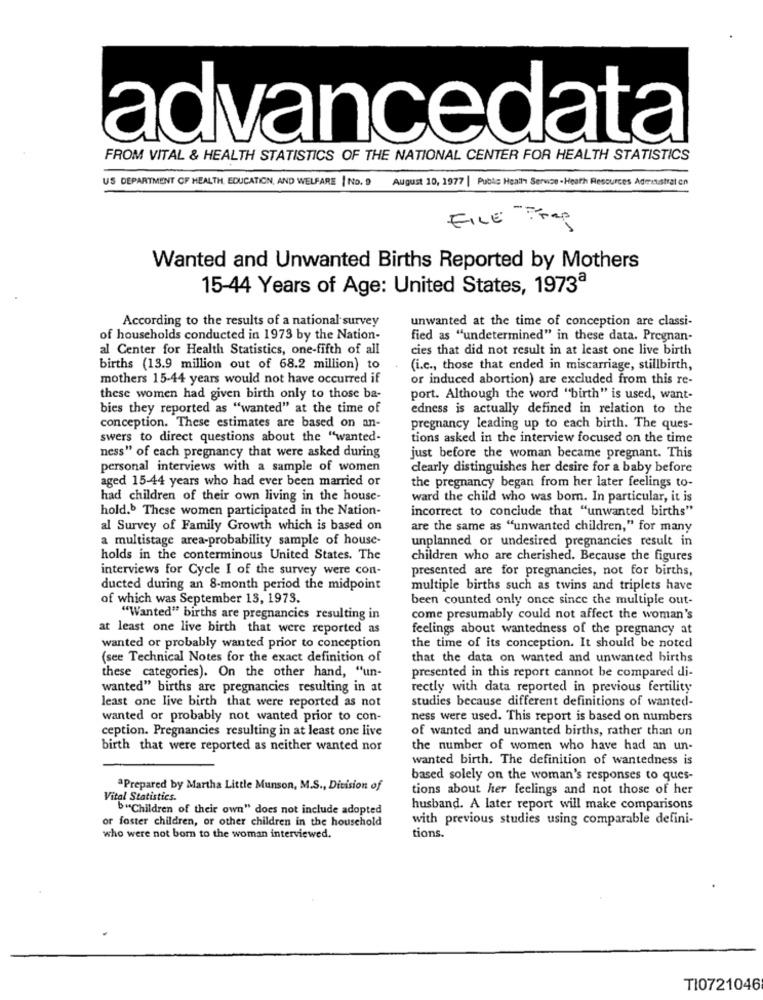
advancedata
FROM VITAL & HEALTH STATISTICS OF THE NATIONAL CENTER FOR HEALTH STATISTICS
US DEPARTMENT OF HEALTH EDUCATION, AND WELFARE | No. 9 August 10, 1977 | Public Health Service - Heath Resources Administration
FILE Frag
Wanted and Unwanted Births Reported by Mothers
15-44 Years of Age: United States, 1973ª
According to the results of a national survey
unwanted at the time of conception are classi-
of households conducted in 1973 by the Nation-
fied as "undetermined" in these data. Pregnan-
al Center for Health Statistics, one-fifth of all
cies that did not result in at least one live birth
births (13.9 million out of 68.2 million) to
(i.c ., those that ended in miscarriage, stillbirth,
mothers 15-44 years would not have occurred if
or induced abortion) are excluded from this re-
these women had given birth only to those ba-
port. Although the word "birth" is used, want-
bies they reported as "wanted" at the time of
edness is actually defined in relation to the
conception. These estimates are based on an-
pregnancy leading up to each birth. The ques-
swers to direct questions about the "wanted-
tions asked in the interview focused on the time
ness" of each pregnancy that were asked during
just before the woman became pregnant. This
personal interviews with a sample of women
clearly distinguishes her desire for a baby before
aged 15-44 years who had ever been married or
the pregnancy began from her later feelings to-
had children of their own living in the house-
ward the child who was born. In particular, it is
hold. These women participated in the Nation-
incorrect to conclude that "unwanted births"
al Survey of Family Growth which is based on
are the same as "unwanted children," for many
a multistage area-probability sample of house-
unplanned or undesired pregnancies result in
holds in the conterminous United States. The
children who are cherished. Because the figures
interviews for Cycle I of the survey were con-
presented are for pregnancies, not for births,
ducted during an 8-month period the midpoint
multiple births such as twins and triplets have
of which was September 13, 1973.
been counted only once since the multiple out-
"Wanted" births are pregnancies resulting in
come presumably could not affect the woman's
at least one live birth that were reported as
feelings about wantedness of the pregnancy at
wanted or probably wanted prior to conception
the time of its conception. It should be noted
(see Technical Notes for the exact definition of
that the data on wanted and unwanted births
these categories). On the other hand, "un-
presented in this report cannot be compared di-
wanted" births are pregnancies resulting in at
rectly with data reported in previous fertility
studies because different definitions of wanted-
least one live birth that were reported as not
wanted or probably not wanted prior to con-
ness were used. This report is based on numbers
ception. Pregnancies resulting in at least one live
of wanted and unwanted births, rather than on
birth that were reported as neither wanted nor
the number of women who have had an un-
wanted birth. The definition of wantedness is
based solely on the woman's responses to ques-
ªPrepared by Martha Little Munson, M.S ., Division of
tions about her feelings and not those of her
Vital Statistics.
b"Children of their own" does not include adopted
husband. A later report will make comparisons
or foster children, or other children in the household
with previous studies using comparable defini-
who were not born to the woman interviewed.
tions.
TI0721046